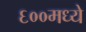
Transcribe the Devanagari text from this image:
६००मध्ये